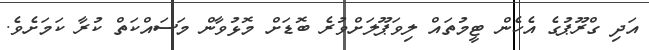
އަދި ގްރޫޕުގެ އެހެން ޓީމުތައް ލިވަޕޫލަށްވުރެ ބޮޑަށް މޮޅުވާން މަސައްކަތް ކުރާ ކަމަށެވެ.